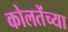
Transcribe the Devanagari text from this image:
कोलतेंच्या